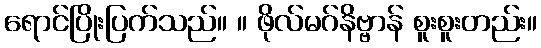
ရောင်ပြိုးပြက်သည်။ ။ ဖိုလ်မဂ်နိဗ္ဗာန် စူးစူးတည်း။